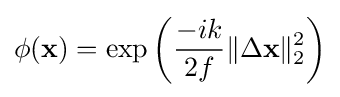
\phi (\mathbf {x} )=\exp {\biggl (}{\frac {-ik}{2f}}\|\Delta \mathbf {x} \|_{2}^{2}{\biggr )}